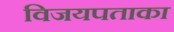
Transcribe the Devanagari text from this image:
विजयपताका